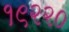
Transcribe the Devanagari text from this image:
१९२२०